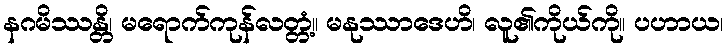
နဂမိဿန္တိ၊ မရောက်ကုန်လတ္တံ့။ မနုဿာဒေဟိ၊ လူ၏ကိုယ်ကို။ ပဟာယ၊